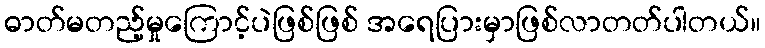
ဓာတ်မတည့်မှုကြောင့်ပဲဖြစ်ဖြစ် အရေပြားမှာဖြစ်လာတတ်ပါတယ်။